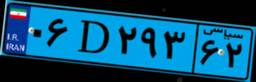
۹۱D۰۷۳۵۸